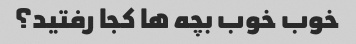
خوب خوب بچه ها کجا رفتید؟